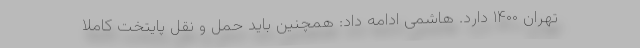
تهران ۱۴۰۰ دارد. هاشمی ادامه داد: همچنین باید حمل و نقل پایتخت کاملا